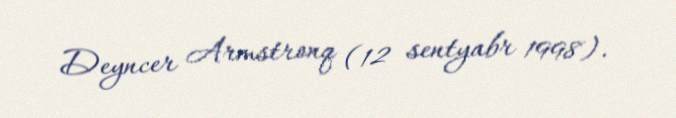
Deyncer Armstronq (12 sentyabr 1998).